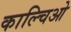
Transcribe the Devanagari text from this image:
काल्चिओ